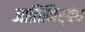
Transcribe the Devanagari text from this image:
जातिनिर्बंध